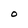
Character: O